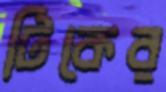
টিকের